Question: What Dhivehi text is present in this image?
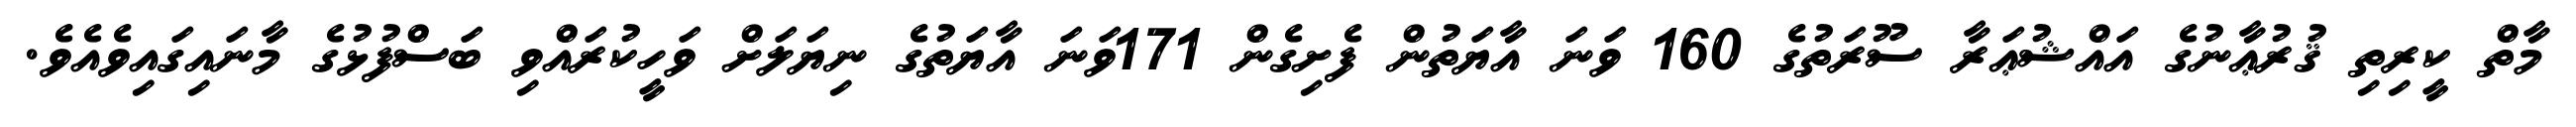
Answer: މާތް ކީރިތި ޤުރުޢާނުގެ އައްޝުޢަރާ ސޫރަތުގެ 160 ވަނަ އާޔަތުން ފެށިގެން 171ވަނަ އާޔަތުގެ ނިޔަލަށް ވަހީކުރައްވި ބަސްފުޅުގެ މާނައިގައިވެއެވެ.